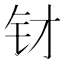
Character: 𲇭